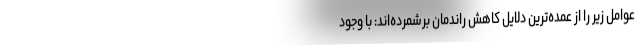
عوامل زیر را از عمده‌ترین دلایل کاهش راندمان برشمرده­اند: با وجود